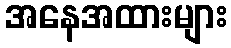
အနေအထားများ